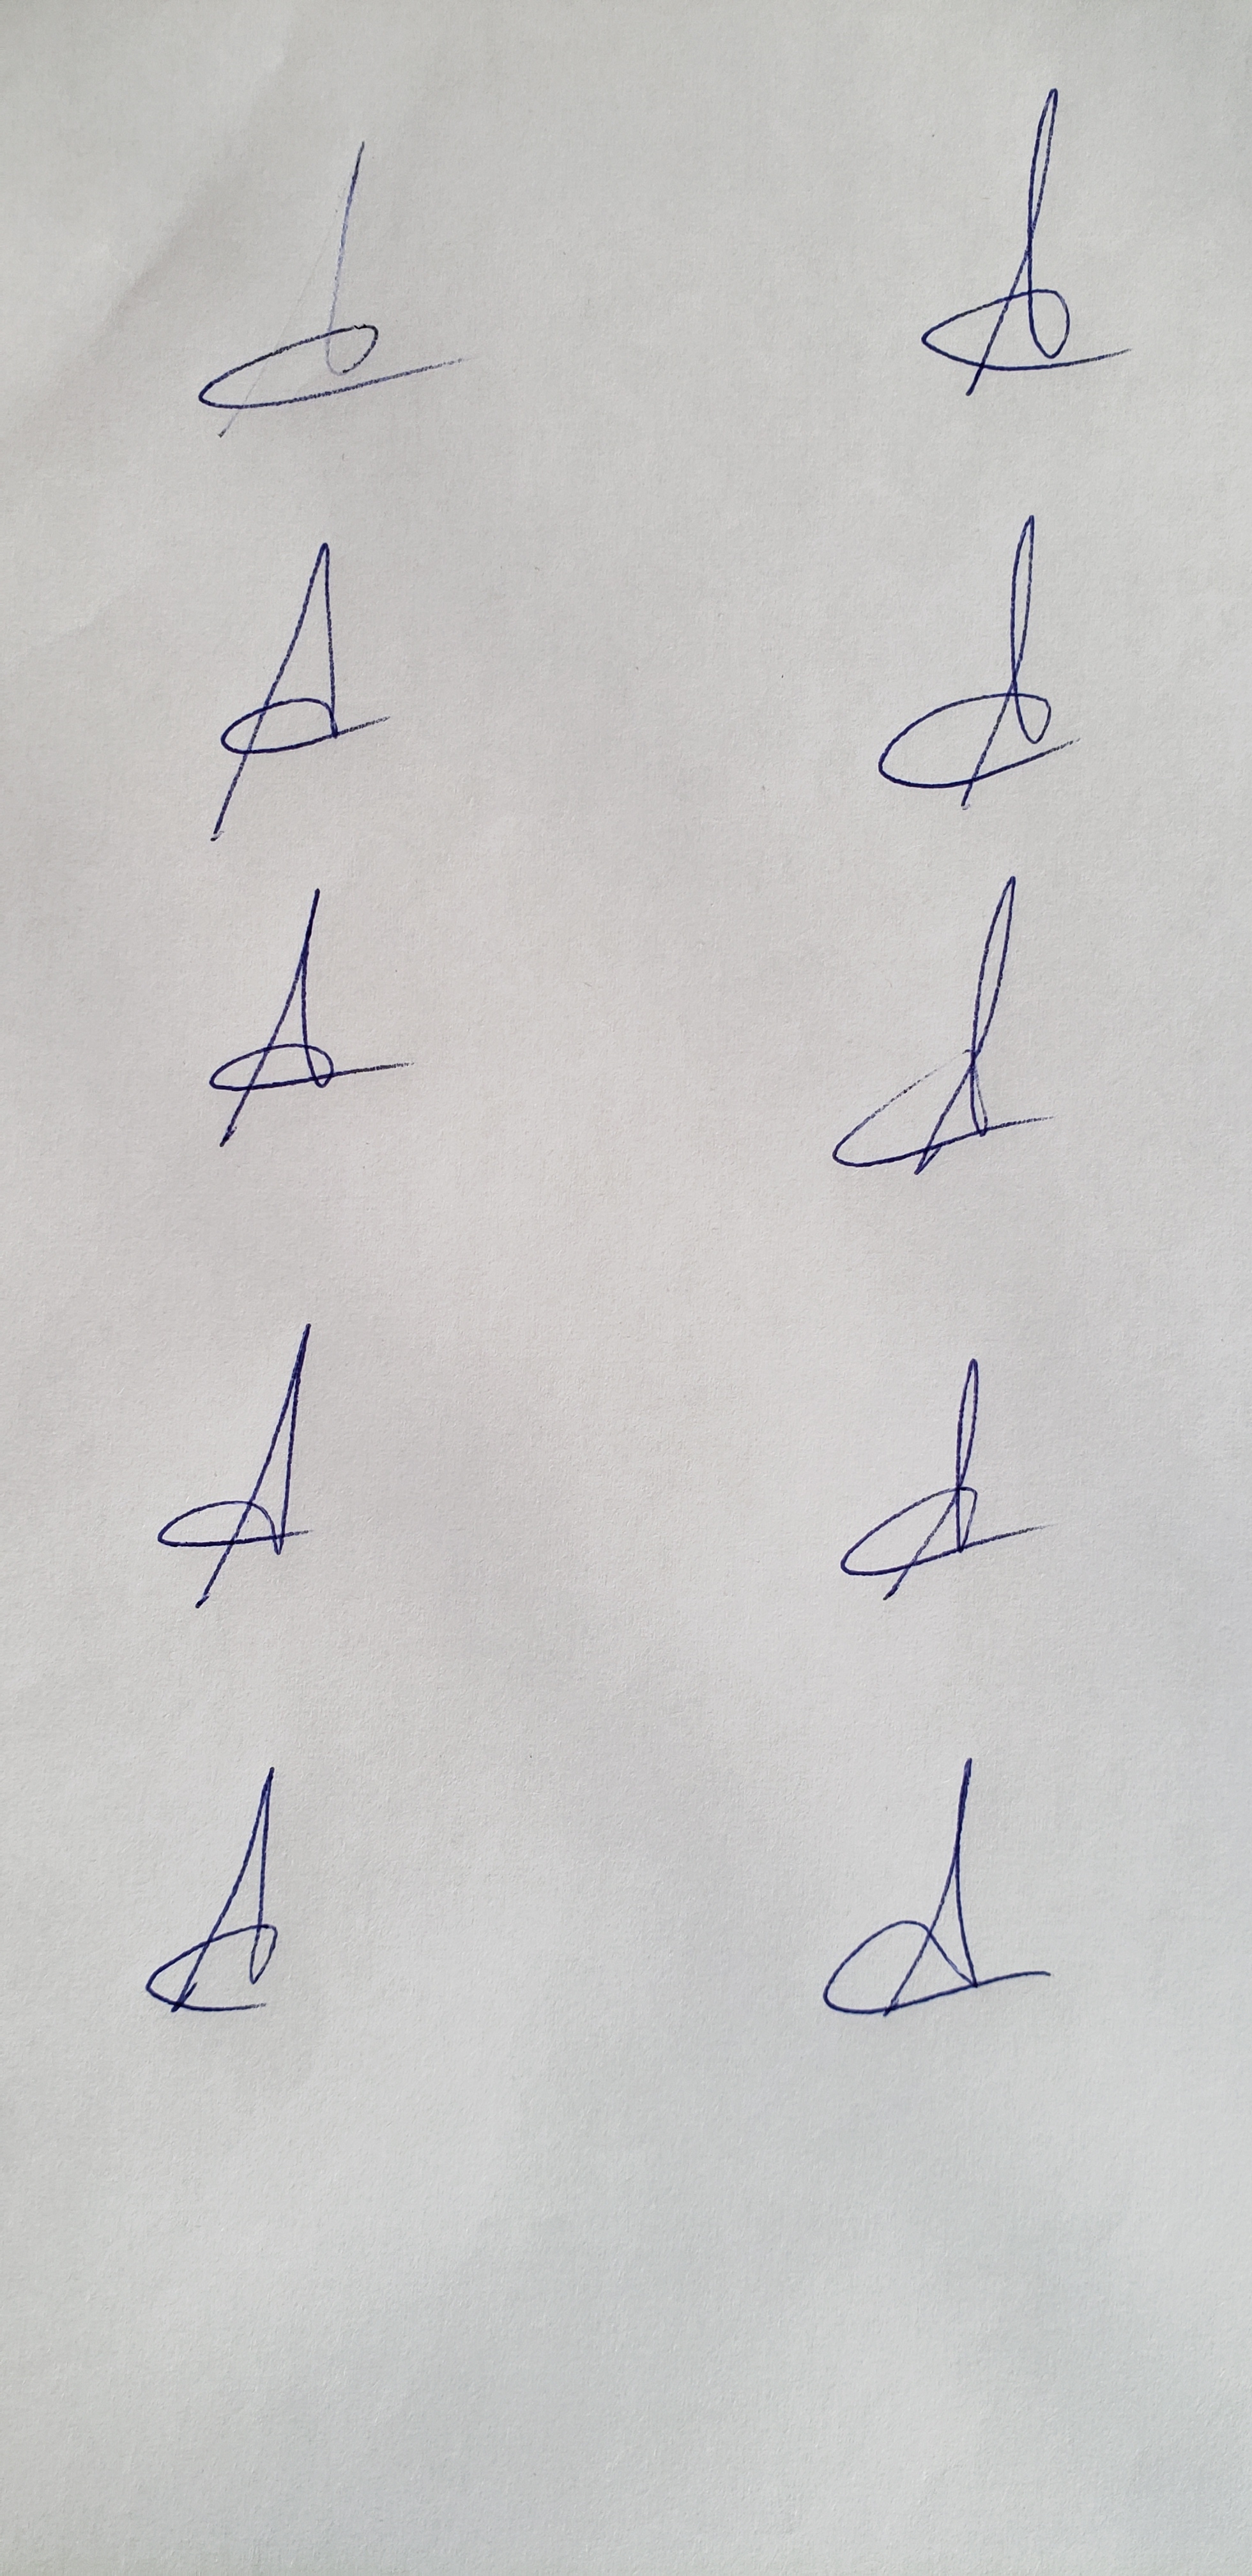
Signature authenticity: genuine